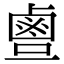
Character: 𪉙